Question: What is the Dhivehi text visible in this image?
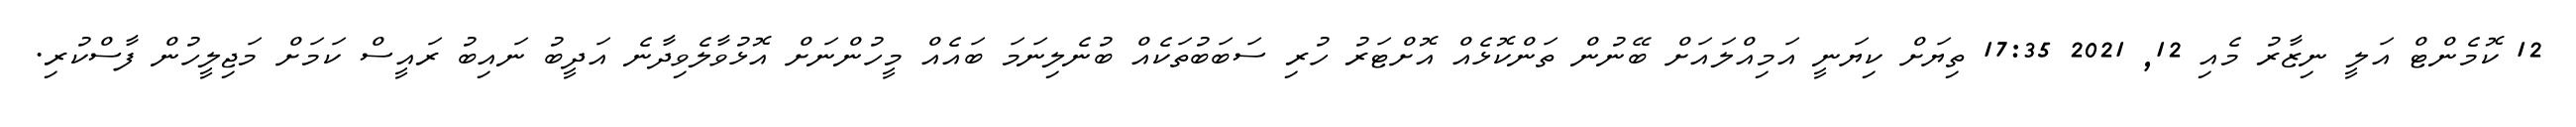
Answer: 12 ކޮމެންޓް އަލީ ނިޒާރު މެއި 12, 2021 17:35 ތިޔަށް ކިޔަނީ އަމިއްލައަށް ބޭނުން ތަންކޮޅެއް އޮށްޓަރު ހުރި ސަބަބުތަކެއް ބުނެލިނަމަ ބައެއް މީހުންނަށް އޮޅުވާލެވިދާނެ އަދީބު ނައިބު ރައީސް ކަމަށް މަޖިލީހުން ފާސްކުރި.